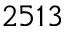
2 5 1 3